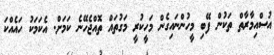
އުސްއިމާރާތް ތަކުން ފޭބި މީހުންނައިގެން މަހީކުރީ މަގުތައް ތޮއްޖެހޭނެ ކަމަށް. އެކަމަކު ހައެއްކަ